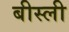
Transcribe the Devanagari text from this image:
बीस्ली